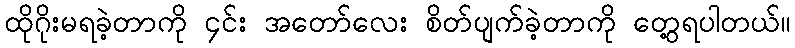
ထိုဂိုးမရခဲ့တာကို ၄င်း အတော်လေး စိတ်ပျက်ခဲ့တာကို တွေ့ရပါတယ်။